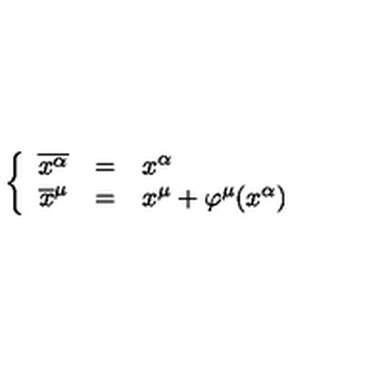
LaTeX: \left\{ \begin{array} { r c l } { \overline { { x ^ { \alpha } } } } & { = } & { x ^ { \alpha } } \\ { \overline { { x } } ^ { \mu } } & { = } & { x ^ { \mu } + \varphi ^ { \mu } ( x ^ { \alpha } ) } \\ \end{array} \right.